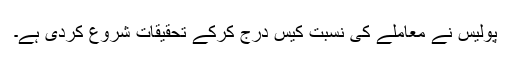
پولیس نے معاملے کی نسبت کیس درج کرکے تحقیقات شروع کردی ہے۔